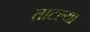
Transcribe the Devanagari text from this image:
ताटल्या